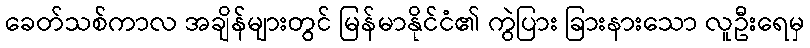
ခေတ်သစ်ကာလ အချိန်များတွင် မြန်မာနိုင်ငံ၏ ကွဲပြား ခြားနားသော လူဦးရေမှ